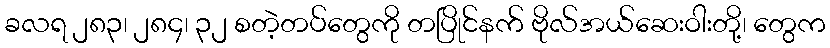
ခလရ ၂၈၃၊ ၂၈၄၊ ၃၂ စတဲ့တပ်တွေကို တပြိုင်နက် ဗိုလ်အယ်ဆေးဝါးတို့၊ တွေက